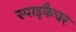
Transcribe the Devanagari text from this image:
स्पाइकैचर